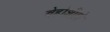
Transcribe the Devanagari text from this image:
बेहोशीहो